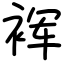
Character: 裈